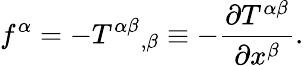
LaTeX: f^{\alpha}=-{T^{\alpha\beta}}_{,\beta}\equiv-{\frac{\partial T^{\alpha\beta}}{\partial x^{\beta}}}.